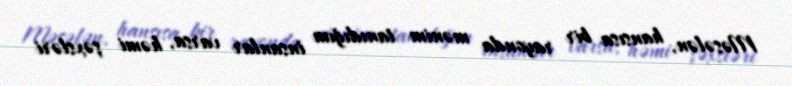
Məsələn, hansısa bir rayonda mənim tanıdığım insanlar varsa, həmi şəxsləri